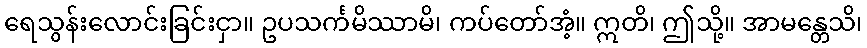
ရေသွန်းလောင်းခြင်းငှာ။ ဥပသင်္ကမိဿာမိ၊ ကပ်တော်အံ့။ ဣတိ၊ ဤသို့။ အာမန္တေသိ၊